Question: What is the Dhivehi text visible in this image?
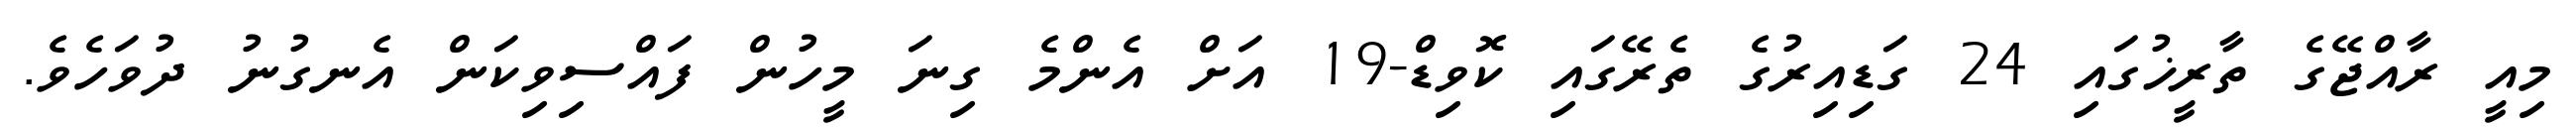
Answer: މިއީ ރާއްޖޭގެ ތާރީޚުގައި 24 ގަޑިއިރުގެ ތެރޭގައި ކޮވިޑް-19 އަށް އެންމެ ގިނަ މީހުން ފައްސިވިކަން އެނގުނު ދުވަހެވެ.